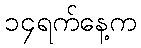
၁၄ရက်နေ့က